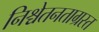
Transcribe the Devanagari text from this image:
निश्चेतनताग्रस्त